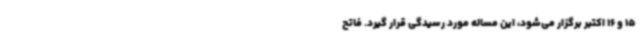
15 و 16 اکتبر برگزار می‌شود، این مساله مورد رسیدگی قرار گیرد. فاتح